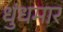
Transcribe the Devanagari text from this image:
धुंधमार